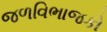
જળવિભાજકો